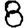
Digit: 8